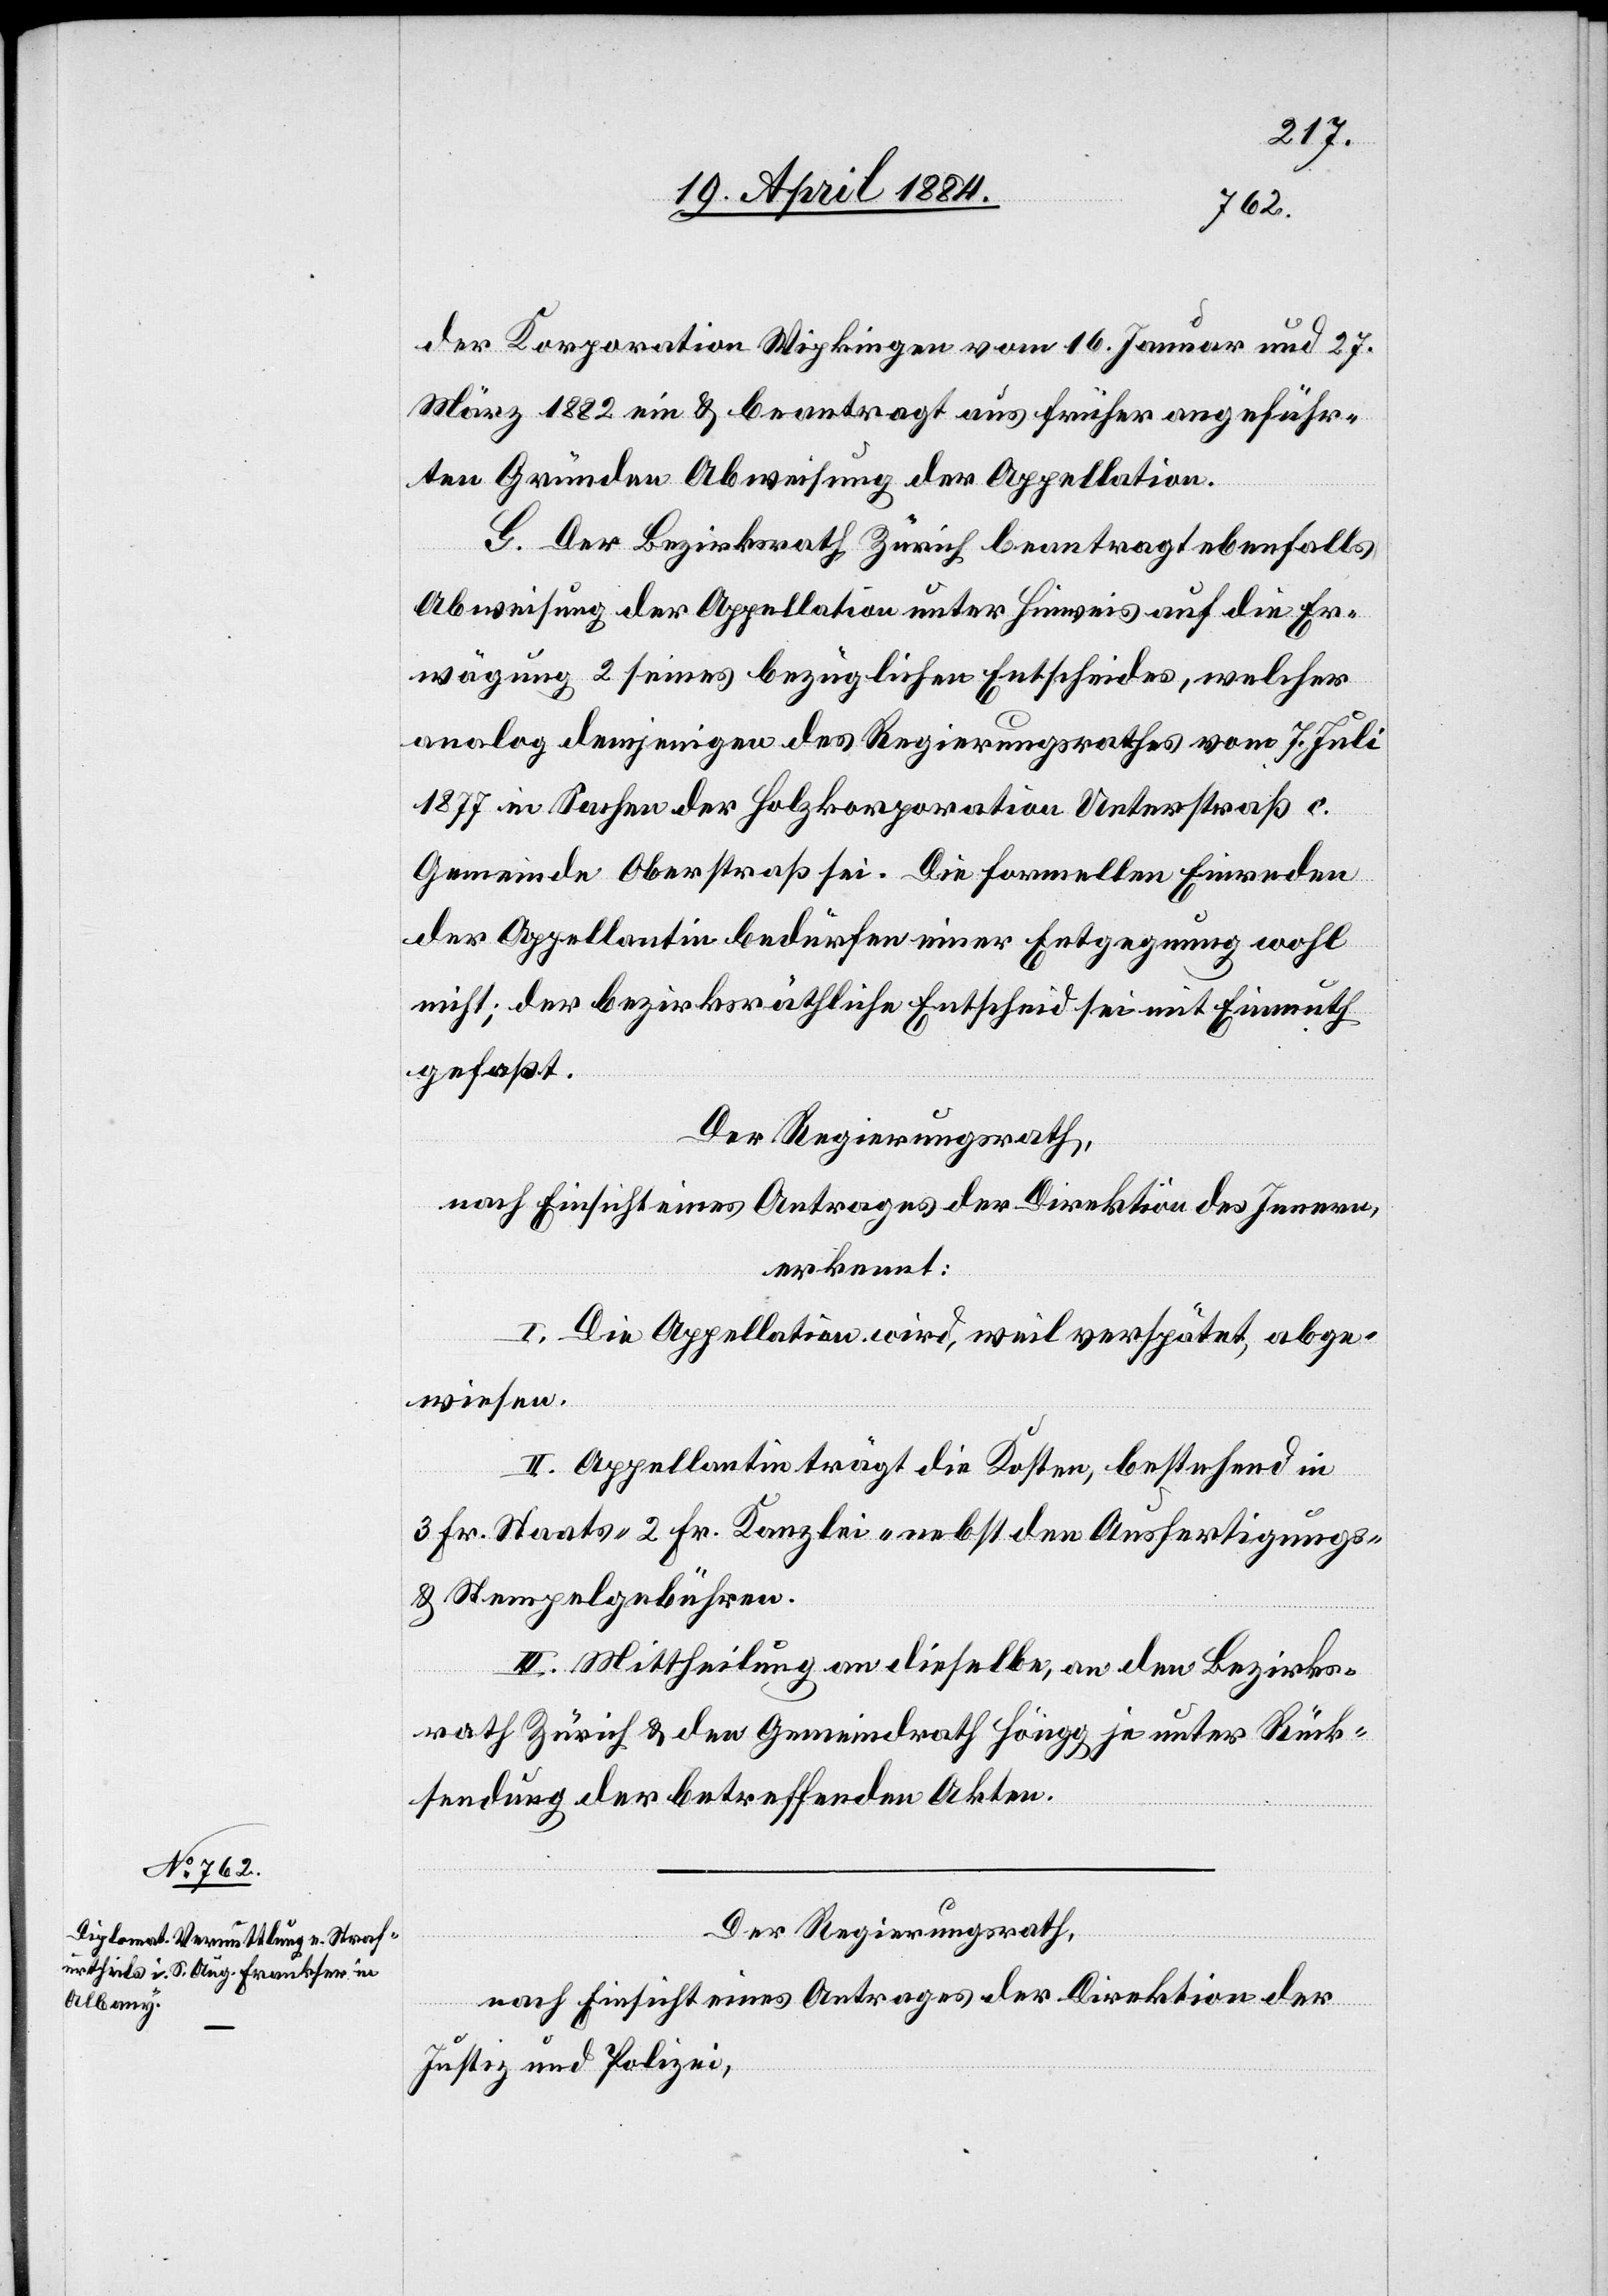
Korporation Wipkingen vom 16. Januar und 27.
März 1882 ein & beantragt aus früher angeführ¬
ten Gründen Abweisung der Appellation.
G. Der Bezirksrath Zürich beantragt ebenfalls
Abweisung der Appellation unter Hinweis auf die Er¬
wägung 2 seines bezüglichen Entscheides, welcher
analog demjenigen des Regierungsrathes vom 7. Juli
1877 in Sachen der Holzkorporation Unterstraß c.
Gemeinde Oberstraß sei. Die formellen Einreden
der Appellation bedürfen einer Entgegnung wohl
nicht; der bezirksräthliche Entscheid sei mit Einmuth
gefaßt.
Der Regierungsrath,
nach Einsicht eines Antrages der Direktion des Innern,
erkennt:
I. Die Appellation wird, weil verspätet, abge¬
wiesen.
II. Appellantin trägt die Kosten, bestehend in
der
3 Fr. Staats-[,] 2 Fr. Kanzlei- nebst den Ausfertigung-
& Stempelgebühren.
III. Mittheilung an dieselbe, an den Bezirks¬
rath Zürich & den Gemeindrath Höngg je unter Rück¬
sendung der betreffenden Akten.
Der Regierungsrath,
nach Einsicht eines Antrages der Direktion der
Justiz und Polizei,